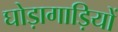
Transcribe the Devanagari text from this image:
घोड़ागाड़ियों